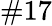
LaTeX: \# 17